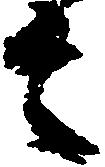
者